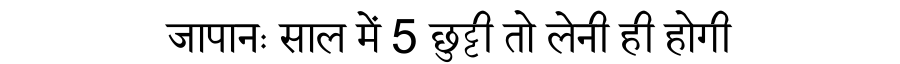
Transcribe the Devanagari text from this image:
जापानः साल में 5 छुट्टी तो लेनी ही होगी